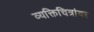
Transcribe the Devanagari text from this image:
व्यक्तिचित्रांवर